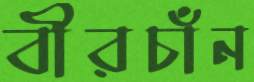
বীরচাঁন